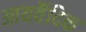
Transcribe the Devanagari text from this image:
आयर्वैदिक